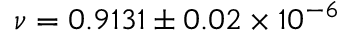
\nu = 0 . 9 1 3 1 \pm 0 . 0 2 \times 1 0 ^ { - 6 }